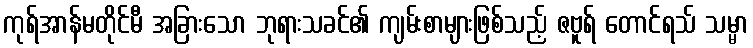
ကုရ်အာန်မတိုင်မီ အခြားသော ဘုရားသခင်၏ ကျမ်းစာများဖြစ်သည့် ဇဗူရ် တောင်ရသ် သမ္မာ